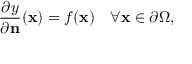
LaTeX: { \frac { \partial y } { \partial \mathbf { n } } } ( \mathbf { x } ) = f ( \mathbf { x } ) \quad \forall \mathbf { x } \in \partial \Omega ,